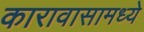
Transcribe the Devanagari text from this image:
कारावासामध्ये